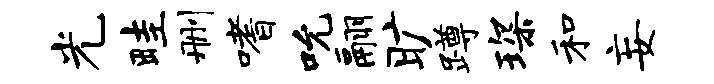
光畦删嗜吮翮旷蹲琛和妄